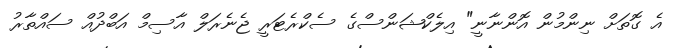
އެ ގޮތަށް ނިންމުން އޮންނާނީ" އިލެކްޝަންސްގެ ސެކްރެޓަރީ ޖެނެރަލް އާސިމް އަބްދުއް ސައްތާރު